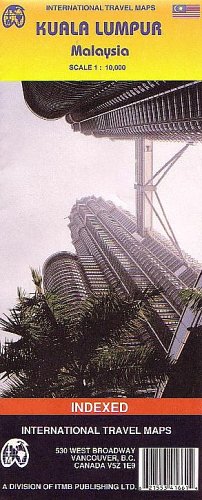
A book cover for Kuala Lumpur 1:10,000 Street Map (International Travel Maps); International Travel Maps and Books; Travel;